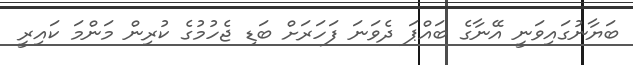
ބަޔާނުގައިވަނީ އޭނާގެ ބައްޕަ ދެވަނަ ފަހަރަށް ބަޑި ޖެހުމުގެ ކުރިން މަންމަ ކައިރީ